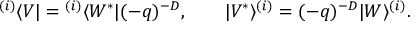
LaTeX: { } ^ { ( i ) } \langle V | = { } ^ { ( i ) } \langle W ^ { * } | ( - q ) ^ { - D } , \qquad | V ^ { * } \rangle ^ { ( i ) } = ( - q ) ^ { - D } | W \rangle ^ { ( i ) } .